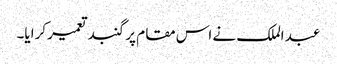
عبد الملک نے اس مقام پر گنبد تعمیر کرایا۔